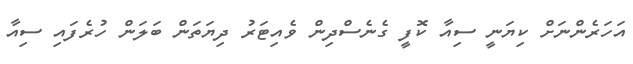
އަހަރެންނަށް ކިޔަނީ ސިއާ ކޮފީ ގެނެސްދިން ވެއިޓަރު ދިޔަތަން ބަލަން ހުރެފައި ސިއާ